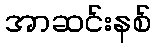
အာဆင်းနစ်